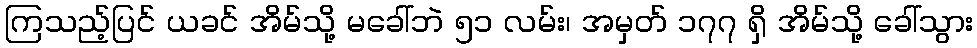
ကြသည့်ပြင် ယခင် အိမ်သို့ မခေါ်ဘဲ ၅၁ လမ်း၊ အမှတ် ၁၇၇ ရှိ အိမ်သို့ ခေါ်သွား